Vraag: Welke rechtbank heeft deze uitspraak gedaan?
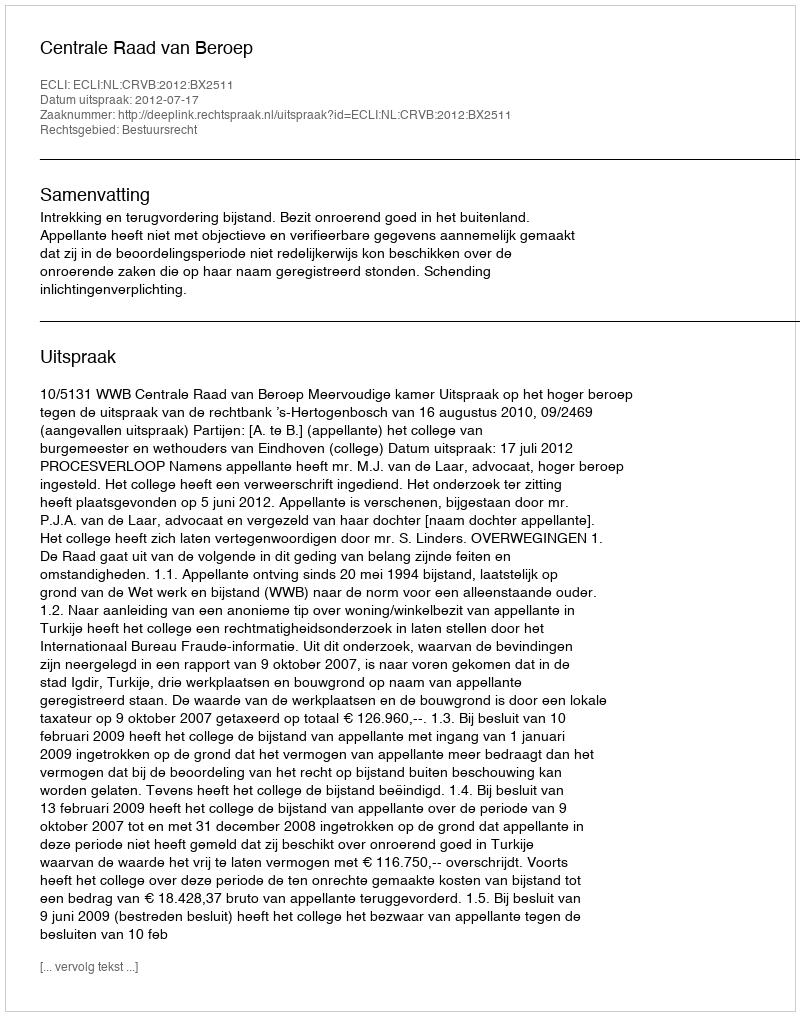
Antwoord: Centrale Raad van Beroep